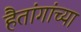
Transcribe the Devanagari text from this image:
हैतांगांच्या